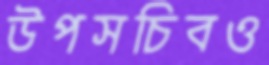
উপসচিবও